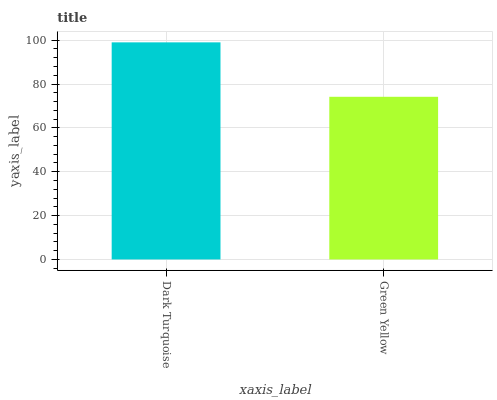
| xaxis_label | bars |
 | --- | --- |
 | Dark Turquoise | 99 |
 | Green Yellow | 74.2 |